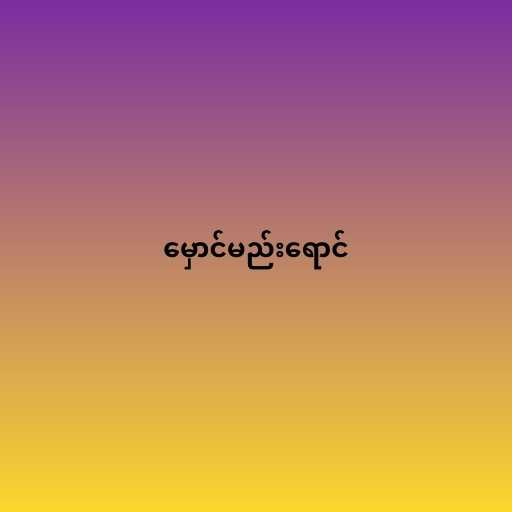
မှောင်မည်းရောင်